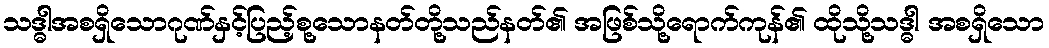
သဒ္ဓါအစရှိသောဂုဏ်နှင့်ပြည့်စု့သောနတ်တို့သည်နတ်၏ အဖြစ်သို့ရောက်ကုန်၏ ထိုသို့သဒ္ဓါ အစရှိသော